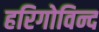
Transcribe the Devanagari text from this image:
हरिगोविन्द